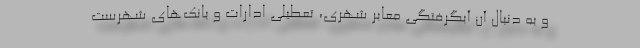
و به دنبال آن آبگرفتگی معابر شهری، تعطیلی ادارات و بانک‌های شهرست